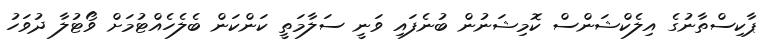
ޕާކިސްތާނުގެ އިލެކްޝަންސް ކޮމިޝަނުން ބުނެފައި ވަނީ ސަލާމަތީ ކަންކަން ބެލެހެއްޓުމަށް ވޯޓުލާ ދުވަހު